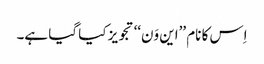
اِس کا نام ’’این وَن‘‘ تجویز کیا گیا ہے۔